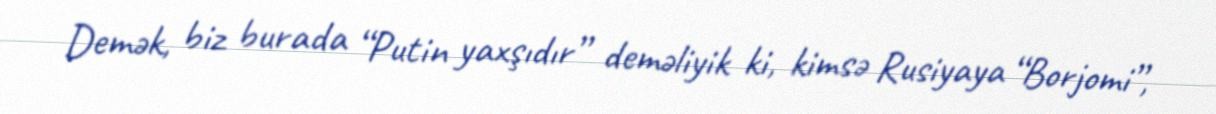
Demək, biz burada “Putin yaxşıdır” deməliyik ki, kimsə Rusiyaya “Borjomi”,